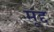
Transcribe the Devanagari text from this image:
मूंद्द